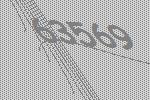
63569